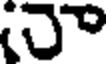
నా